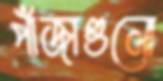
পাঁজাগুলো